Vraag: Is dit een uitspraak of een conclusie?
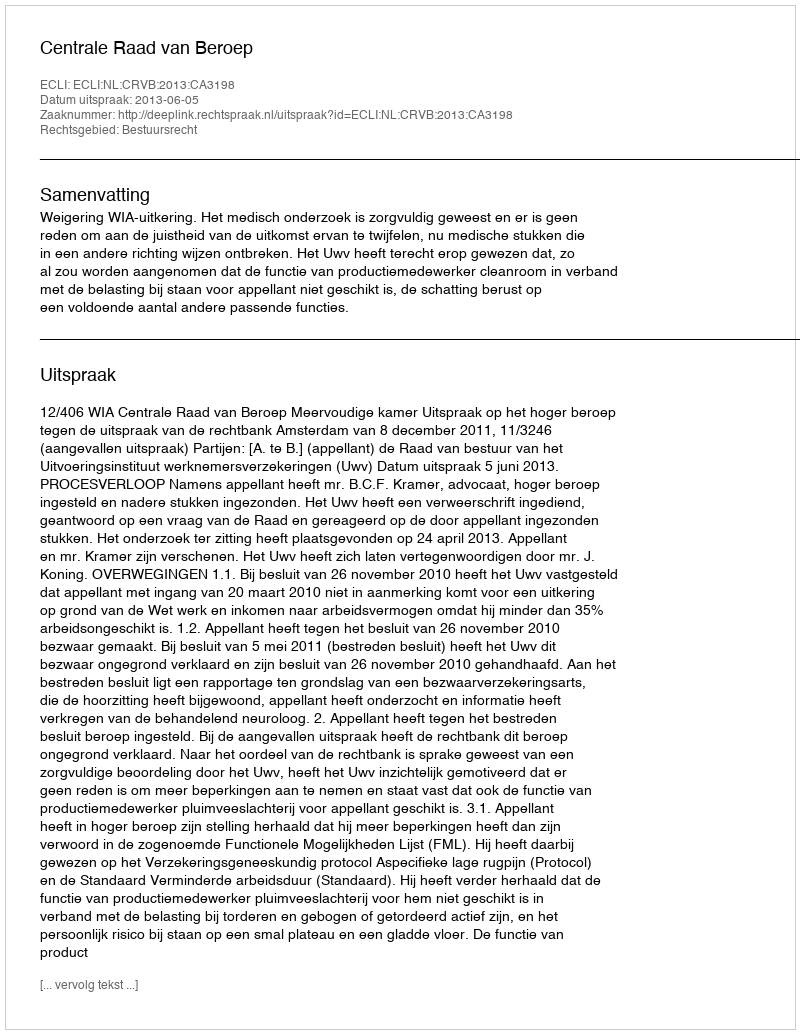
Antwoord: Uitspraak